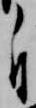
自